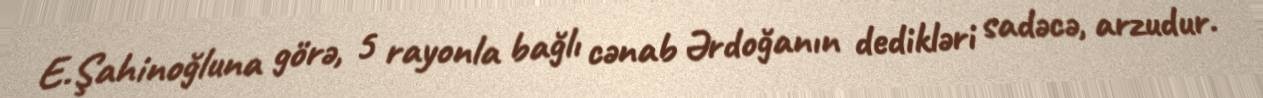
E.Şahinoğluna görə, 5 rayonla bağlı cənab Ərdoğanın dedikləri sadəcə, arzudur.